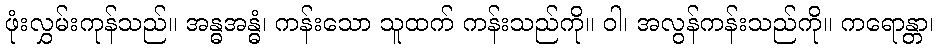
ဖုံးလွှမ်းကုန်သည်။ အန္ဓအန္ဓံ၊ ကန်းသော သူထက် ကန်းသည်ကို။ ဝါ၊ အလွန်ကန်းသည်ကို။ ကရောန္တာ၊